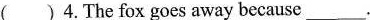
( )4.The fox goes away because___.